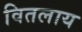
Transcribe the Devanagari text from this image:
वितलाय